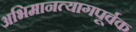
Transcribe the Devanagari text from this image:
अभिमानत्यागपूर्वक